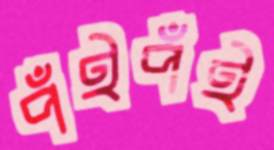
পঁইপঁই